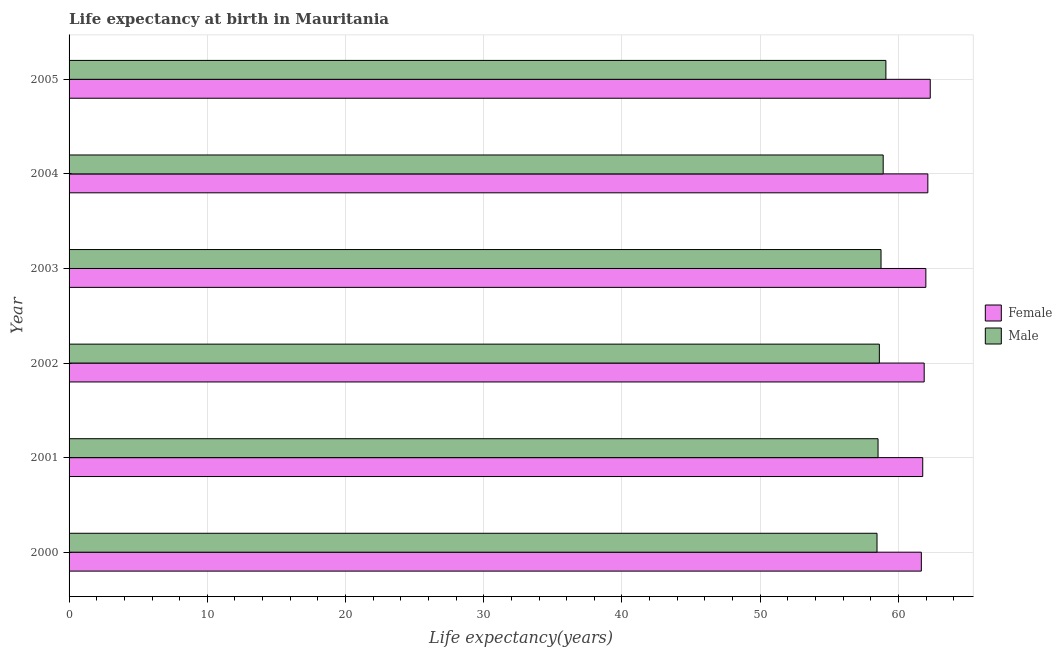
| Year | Female | Male |
 | --- | --- | --- |
 | 2000 | 61.7 | 58.5 |
 | 2001 | 61.8 | 58.5 |
 | 2002 | 61.9 | 58.6 |
 | 2003 | 62 | 58.7 |
 | 2004 | 62.1 | 58.9 |
 | 2005 | 62.3 | 59.1 |